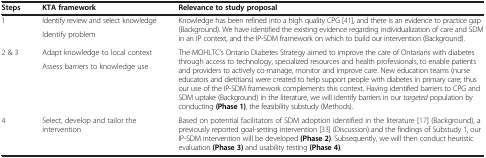
<table><thead><tr><td><b>Steps</b></td><td><b>KTA framework</b></td><td><b>Relevance to study proposal</b></td></tr></thead><tbody><tr><td rowspan="2">1</td><td>Identify review and select knowledge</td><td rowspan="2">Knowledge has been refined into a high quality CPG [41], and there is an evidence to practice gap (Background). We have identified the existing evidence regarding individualization of care and SDM in an IP context, and the IP-SDM framework on which to build our intervention (Background).</td></tr><tr><td>Identify problem</td></tr><tr><td rowspan="2">2 &amp; 3</td><td>Adapt knowledge to local context</td><td rowspan="2">The MOHLTC’s Ontario Diabetes Strategy aimed to improve the care of Ontarians with diabetes through access to technology, specialized resources and health professionals, to enable patients and providers to actively co-manage, monitor and improve care. New education teams (nurse educators and dietitians) were created to help support people with diabetes in primary care; thus our use of the IP-SDM framework complements this context. Having identified barriers to CPG and SDM uptake (Background) in the literature, we will identify barriers in our <i>targeted</i> population by conducting <b>(Phase 1)</b>, the feasibility substudy (Methods).</td></tr><tr><td>Assess barriers to knowledge use</td></tr><tr><td>4</td><td>Select, develop and tailor the intervention</td><td>Based on potential facilitators of SDM adoption identified in the literature [17] (Background), a previously reported goal-setting intervention [33] (Discussion) and the findings of Substudy 1, our IP-SDM intervention will be developed <b>(Phase 2)</b>. Subsequently, we will then conduct heuristic evaluation <b>(Phase 3)</b> and usability testing <b>(Phase 4)</b>.</td></tr></tbody></table>